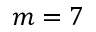
m = 7